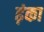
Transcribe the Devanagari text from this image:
ढ़ंका